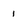
Character: 1